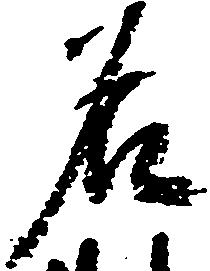
名